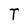
Character: T